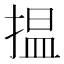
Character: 揾